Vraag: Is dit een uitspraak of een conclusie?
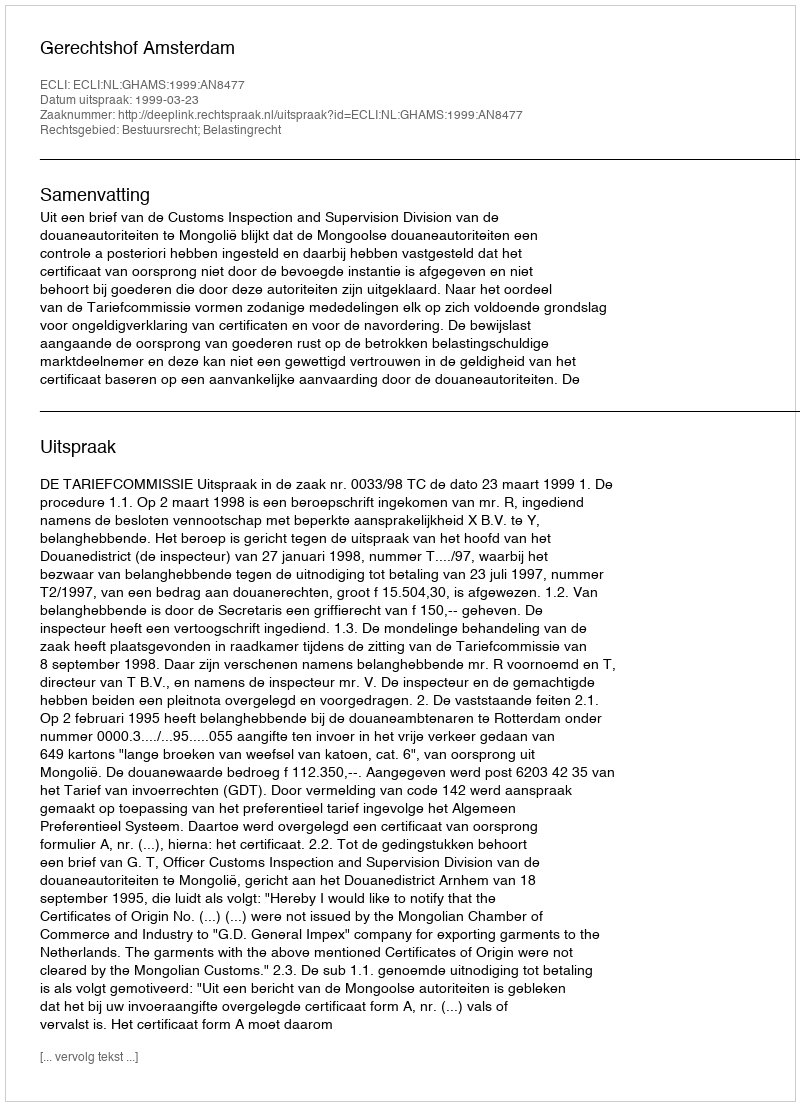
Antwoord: Uitspraak